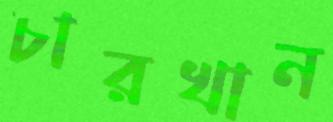
চারখান